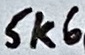
Text: 5k6